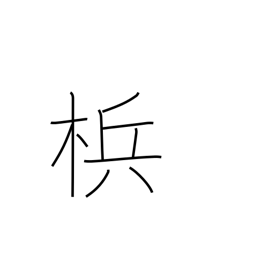
Meaning: betel nut